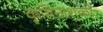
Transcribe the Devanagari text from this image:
कृमिनाशकों